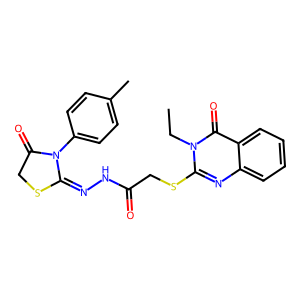
SMILES: CCn1c(SCC(=O)NN=C2SCC(=O)N2c2ccc(C)cc2)nc2ccccc2c1=O
Inhibits HIV replication: No